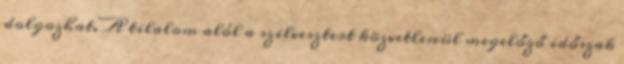
dolgozhat. A tilalom alól a szilvesztert közvetlenül megelőző időszak